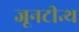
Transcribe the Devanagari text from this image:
जूनटीन्थ